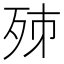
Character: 𣧨